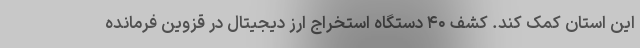
این استان کمک کند. کشف ۴۰ دستگاه استخراج ارز دیجیتال در قزوین فرمانده